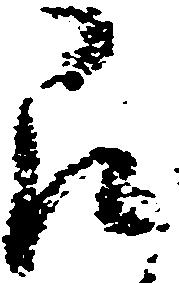
即